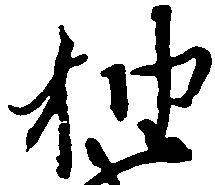
抽